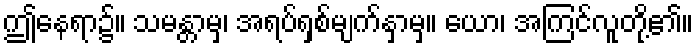
ဤနေရာ၌။ သမန္တာမှ၊ အရပ်ရှစ်မျက်နှာမှ။ ယော၊ အကြင်လူတို့၏။